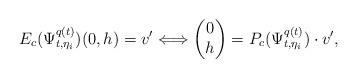
LaTeX: \begin{align*} E_c(\Psi_{t,\eta_i}^{q(t)}) (0,h)=v' \Longleftrightarrow \begin{pmatrix}0 \\h\end{pmatrix}=P_c(\Psi_{t,\eta_i}^{q(t)}) \cdot v',\end{align*}